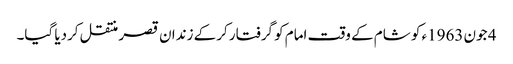
4 جون 1963ء کو شام کے وقت امام کو گرفتار کرکے زندان قصر منتقل کردیا گیا۔